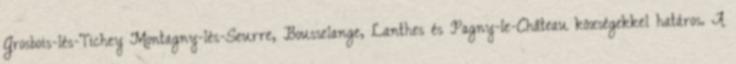
Grosbois-lès-Tichey Montagny-lès-Seurre, Bousselange, Lanthes és Pagny-le-Château községekkel határos. A